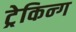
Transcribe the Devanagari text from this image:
ट्रेकिन्ग